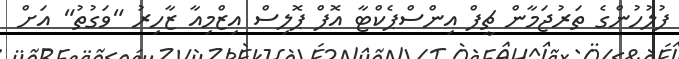
ފުލުހުންގެ ތަރުޖަމާން ޗީފް އިންސްޕެކްޓާ އޮފް ޕޮލިސް އިޒްމިއާ ޒާހިރު "ވަގުތު" އަށް